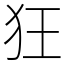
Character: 狂